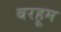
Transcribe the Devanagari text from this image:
बरहूम